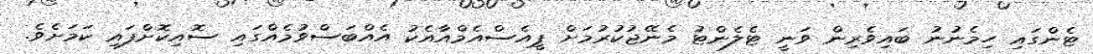
ޓެންގައި ހިމެނުނު ބައިވެރިން ވަނީ ޓެލެންޓު މެނޭޖުކުރުމަށް ޕީއެސްއެމްއާއެކު އެއްބަސްވުމެއްގައި ސޮއިކޮށްފައި ކަމަށެވެ.